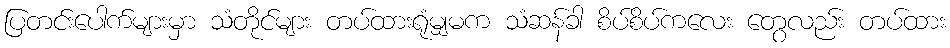
ပြတင်းပေါက်များမှာ သံတိုင်များ တပ်ထားရုံမျှမက သံဆန်ခါ စိပ်စိပ်ကလေး တွေလည်း တပ်ထား